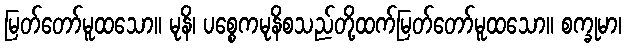
မြတ်တော်မူထသော။ မုနိ၊ ပစ္စေကမုနိစသည်တို့ထက်မြတ်တော်မူထသော။ စက္ခုမာ၊